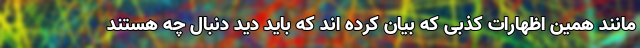
مانند همین اظهارات کذبی که بیان کرده اند که باید دید دنبال چه هستند